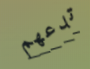
تدعهم